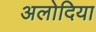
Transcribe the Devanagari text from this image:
अलोदिया